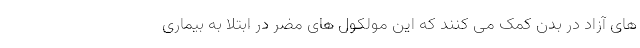
های آزاد در بدن کمک می کنند که این مولکول های مضر در ابتلا به بیماری